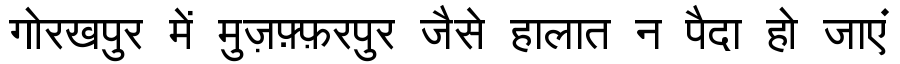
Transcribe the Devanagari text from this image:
गोरखपुर में मुज़फ़्फ़रपुर जैसे हालात न पैदा हो जाएं